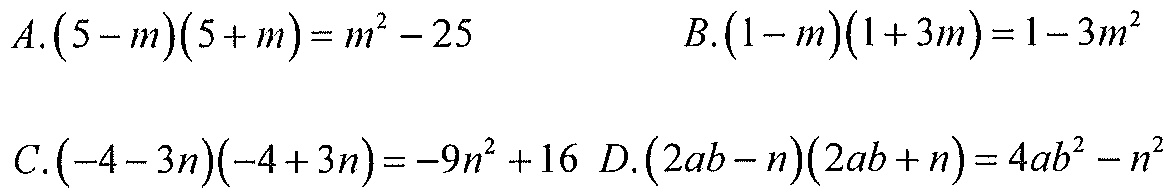
\(A.(5 - m)(5 + m)=m^{2}-25\)  \(\hspace{5em}B.(1 - m)(1 + 3m)=1 - 3m^{2}\)

\(C.(-4 - 3n)(-4 + 3n)=-9n^{2}+16\) \(D.(2ab - n)(2ab + n)=4ab^{2}-n^{2}\)